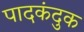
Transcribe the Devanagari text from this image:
पादकंदुक